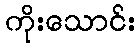
ကိုးသောင်း